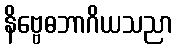
နိဗ္ဗေဓဘာဂိယသညာ